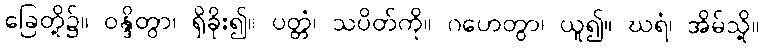
ခြေတို့၌။ ဝန္ဒိတွာ၊ ရှိခိုး၍။ ပတ္တံ၊ သပိတ်ကို။ ဂဟေတွာ၊ ယူ၍။ ဃရံ၊ အိမ်သို့။